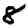
Digit: 8